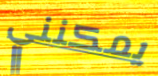
يمكنني